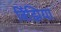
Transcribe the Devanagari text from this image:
बिँझिया